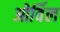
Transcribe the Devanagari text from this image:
ओर्विल